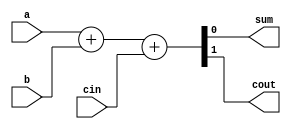
module fa (input a, b, cin,
			  output reg sum, cout);
			  
always @ (a or b or cin) begin
	
	{cout, sum} = a + b + cin;

end

endmodule